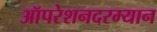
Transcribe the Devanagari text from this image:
ऑपरेशनदरम्यान